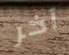
آخر